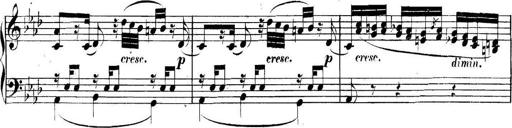
Title: Collected Piano Sonatas
Composer: Muzio Clementi